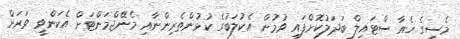
މެސީގެ ހެއާ ސްޓައިލް ބަދަލުކޮށްފައި ވުމުން އެކުލަބުގެ ކުޅުންތެރިންނާއި މެނޭޖްމަންޓަށް އެކަންވީ ވަރަށް